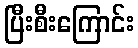
ပြီးစီးကြောင်း